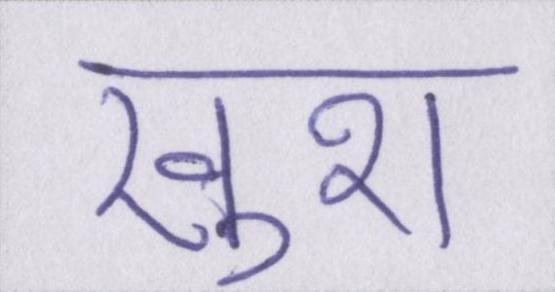
ख़ुश